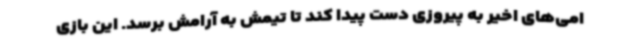
امی‌های اخیر به پیروزی دست پیدا کند تا تیمش به آرامش برسد. این بازی